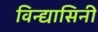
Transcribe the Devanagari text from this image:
विन्द्यासिनी